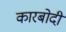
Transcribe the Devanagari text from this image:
कारबोदी